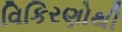
વિકિરણોથી